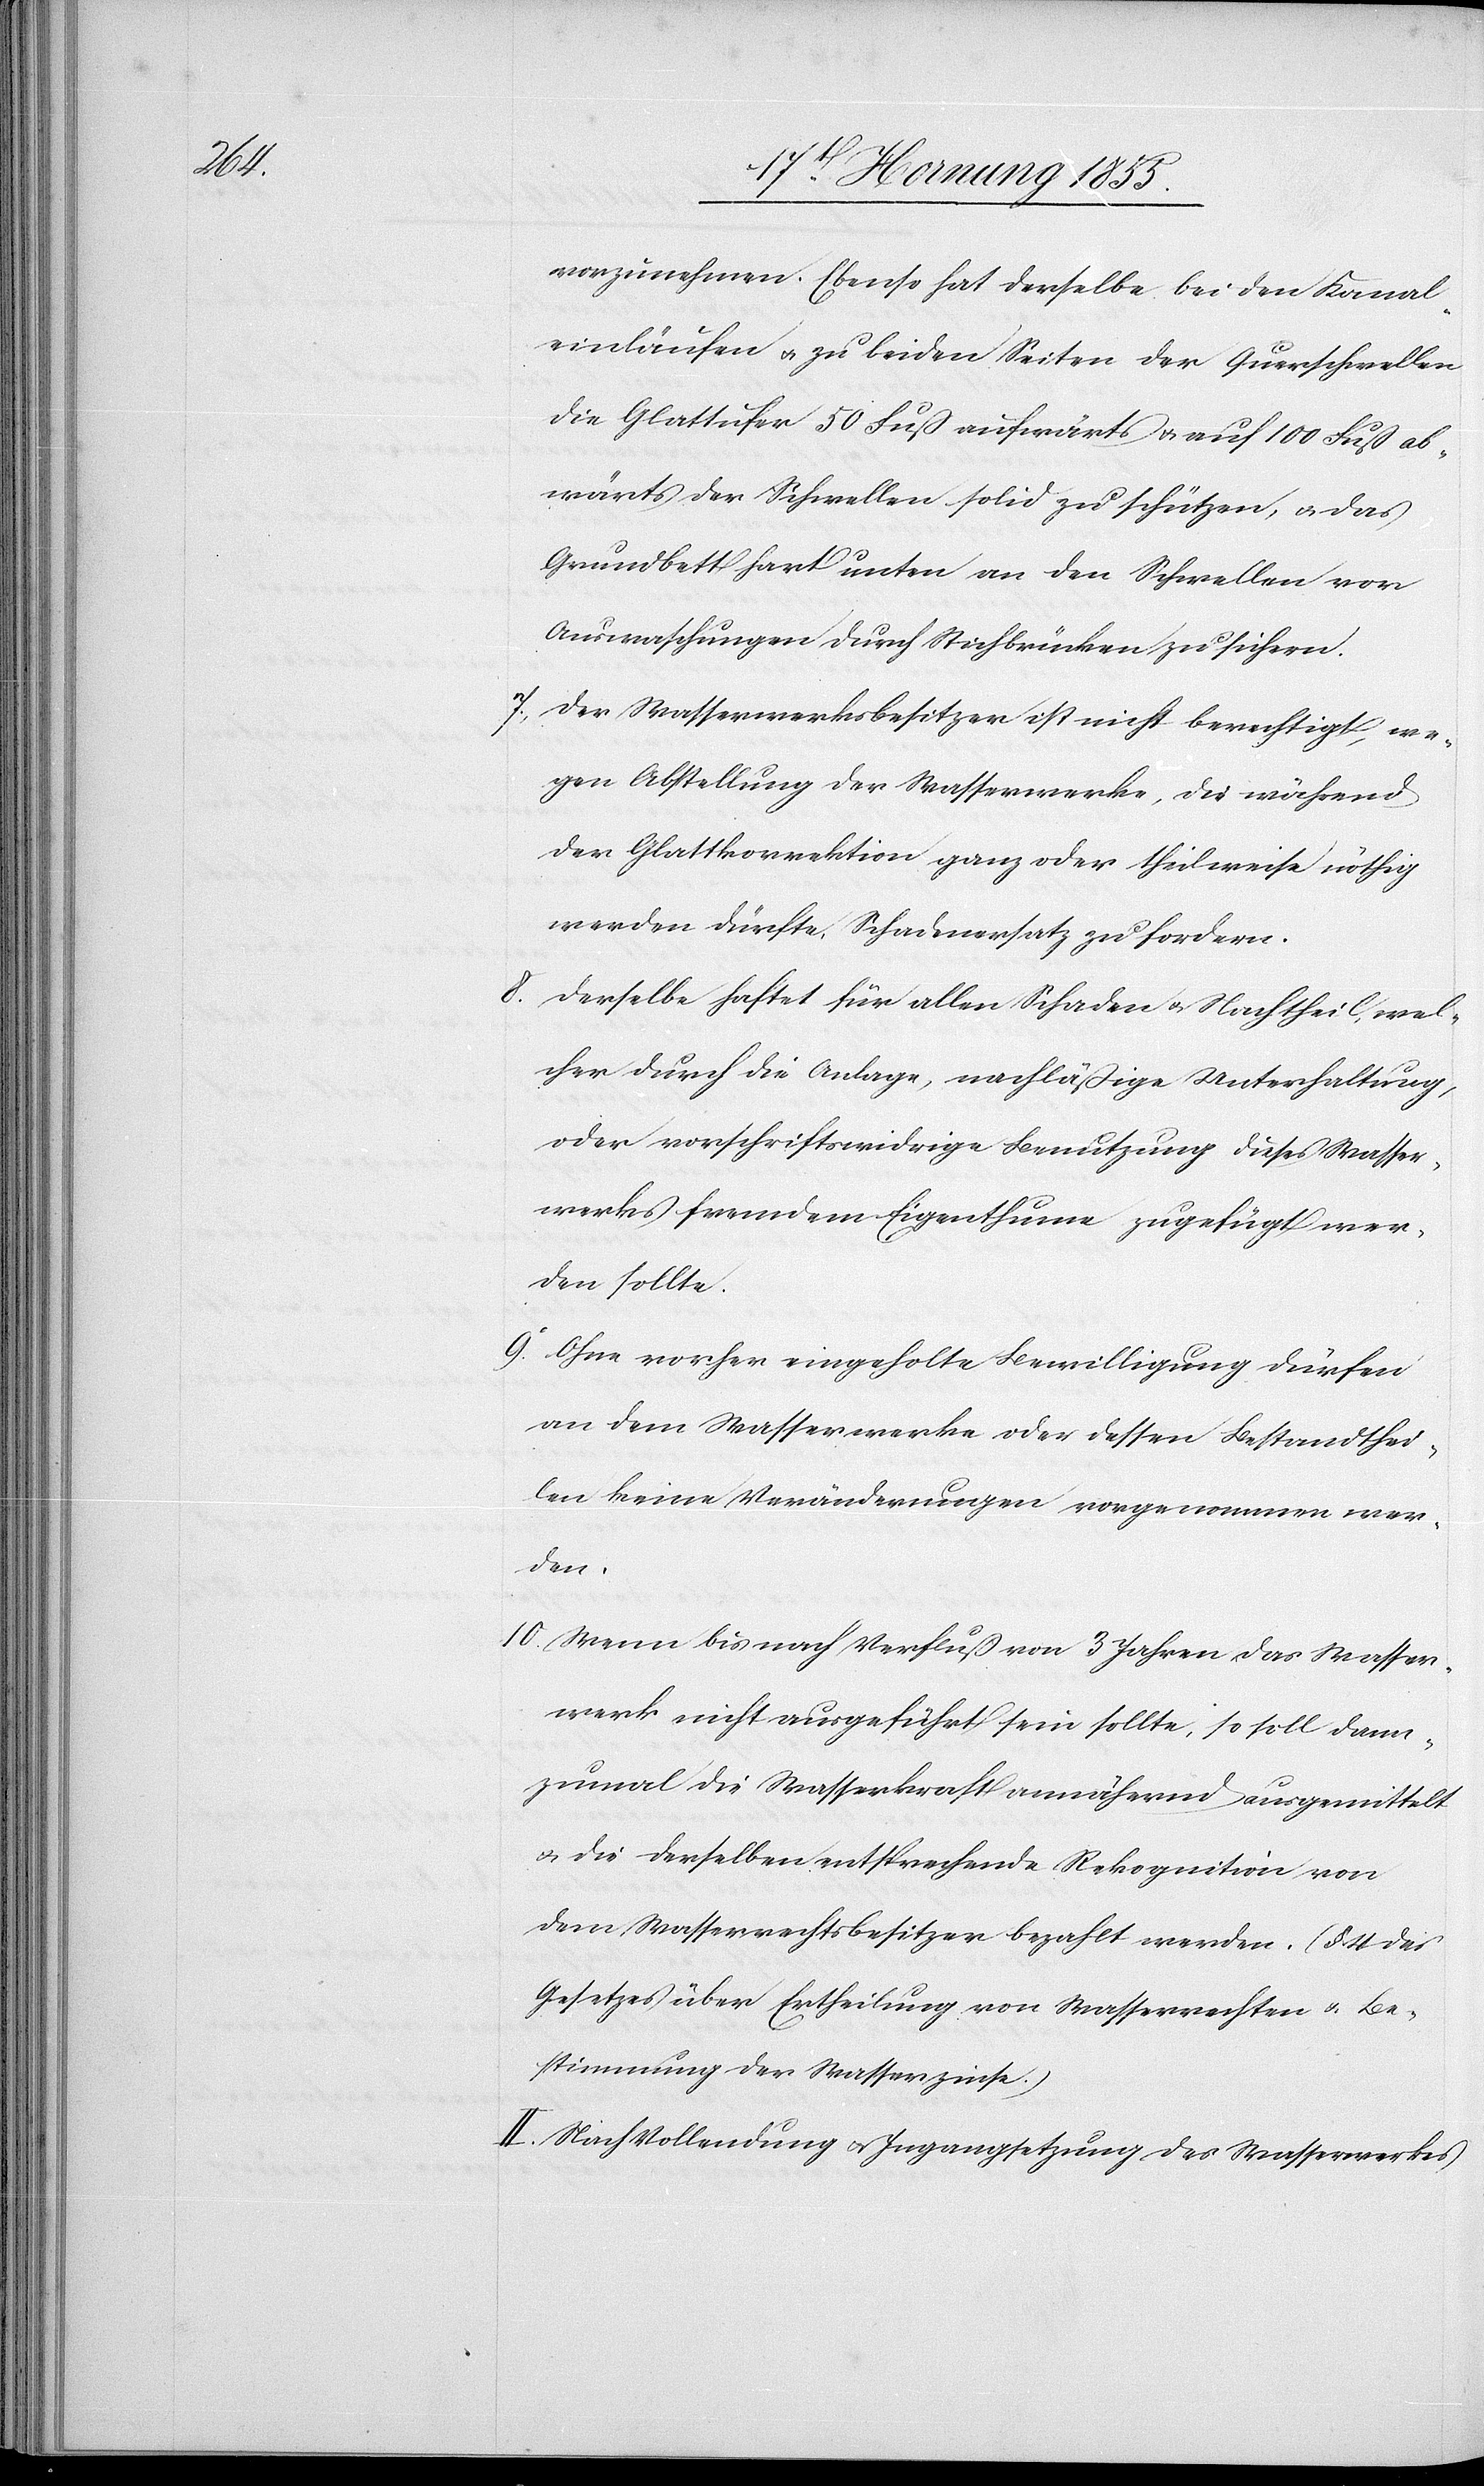
10.

vorzunehmen. Ebenso hat derselbe bei den Kanal¬
einläufen & zu beiden Seiten der Querschwellen
die Glattufer 50 Fuß aufwärts & auf 100 Fuß ab¬
wärts der Schwellen solid zu schützen, & das
Grundbett hart unten an den Schwellen vor
Auswaschungen durch Stichbrücken zu sichern.
Der Wasserwerksbesitzer ist nicht berechtigt, we¬
gen Abstellung der Wasserwerke, die während
der Glattkorrektion ganz oder theilweise nöthig
werden dürfte, Schadenersatz zu fordern.
Derselbe haftet für allen Schaden & Nachtheil, wel¬
cher durch die Anlage, nachläßige Unterhaltung,
oder vorschriftswidrige Benutzung dieses Wasser¬
werks fremdem Eigenthum zugefügt wer¬
den sollte.
Ohne vorher eingeholte Bewilligung dürfen
an dem Wasserwerke oder dessen Bestandthei¬
len keine Veränderungen vorgenommen wer¬
den.
Wenn bis nach Verfluß von 3 Jahren das Wasser¬
werk nicht ausgeführt sein sollte, so soll dann¬
zumal die Wasserkraft annähernd ausgemittelt
& die derselben entsprechende Rekognition von
dem Wasserrechtsbesitzer bezahlt werden. (§ 4 des
Gesetzes über Ertheilung von Wasserrechten & Be¬
stimmung der Wasserzinse.)
II. Nach Vollendung & Ingangsetzung des Wasserwerkes